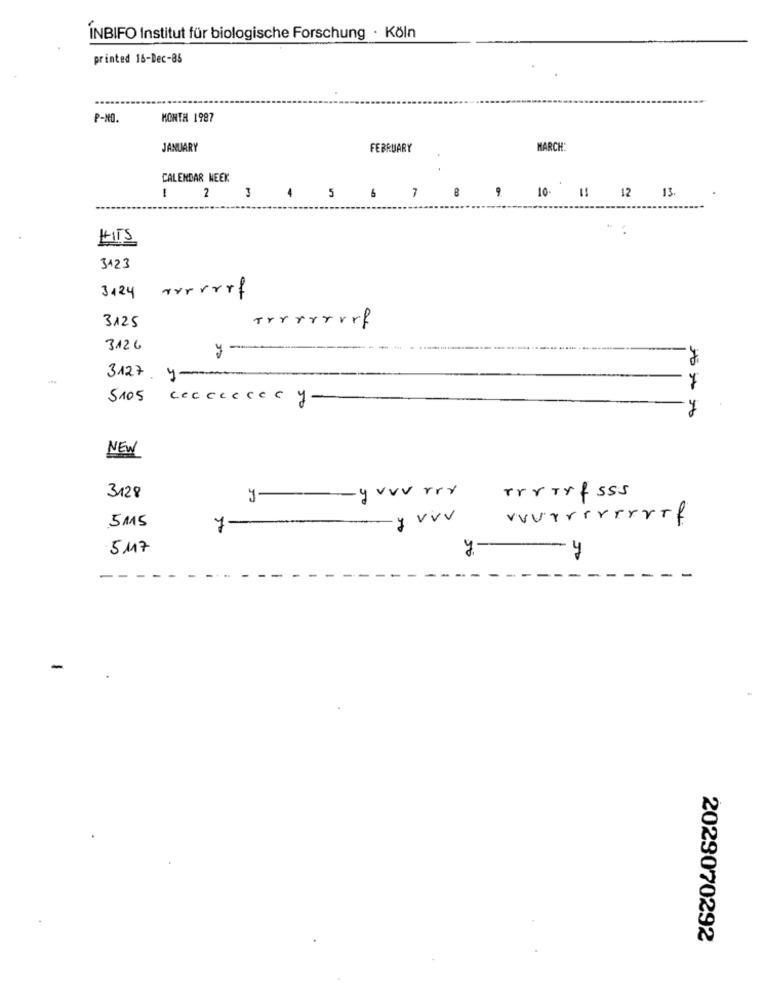
INBIFO Institut für biologische Forschung · Köln
printed 16-Dec-85
P-NO.
MONTH 1987
JANUARY
FEBRUARY
MARCH:
CALENDAR WEEK
1
2
3
579 10 11 12 13.
3123
3424 avrrrrf
3125
3126
y-
3127 4-
5105
ceccresce y -
NEW
- y vvv rey
rrrrrfsss
3128
y --
5MS
-y vvv
v v v r r r r r r r . f
7-
-
as
5M17
y
2029070292